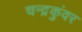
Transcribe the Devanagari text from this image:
चन्द्रकुंवर